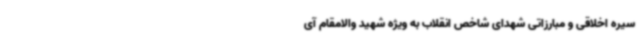
سیره اخلاقی و مبارزاتی شهدای شاخص انقلاب به ویژه شهید والامقام آی